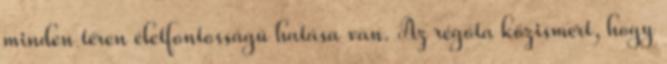
minden téren életfontosságú hatása van. Az régóta közismert, hogy